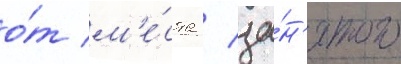
о́т м'е́ста / за́н'ятого